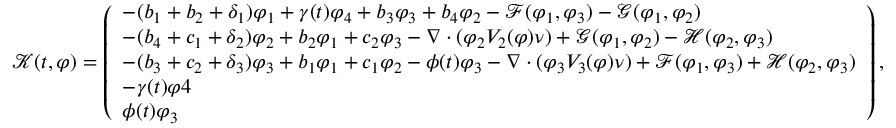
\mathcal { K } ( t , \varphi ) = \left( \begin{array} { l } { - ( b _ { 1 } + b _ { 2 } + \delta _ { 1 } ) \varphi _ { 1 } + \gamma ( t ) \varphi _ { 4 } + b _ { 3 } \varphi _ { 3 } + b _ { 4 } \varphi _ { 2 } - \mathcal { F } ( \varphi _ { 1 } , \varphi _ { 3 } ) - \mathcal { G } ( \varphi _ { 1 } , \varphi _ { 2 } ) } \\ { - ( b _ { 4 } + c _ { 1 } + \delta _ { 2 } ) \varphi _ { 2 } + b _ { 2 } \varphi _ { 1 } + c _ { 2 } \varphi _ { 3 } - \nabla \cdot ( \varphi _ { 2 } V _ { 2 } ( \varphi ) \nu ) + \mathcal { G } ( \varphi _ { 1 } , \varphi _ { 2 } ) - \mathcal { H } ( \varphi _ { 2 } , \varphi _ { 3 } ) } \\ { - ( b _ { 3 } + c _ { 2 } + \delta _ { 3 } ) \varphi _ { 3 } + b _ { 1 } \varphi _ { 1 } + c _ { 1 } \varphi _ { 2 } - \phi ( t ) \varphi _ { 3 } - \nabla \cdot ( \varphi _ { 3 } V _ { 3 } ( \varphi ) \nu ) + \mathcal { F } ( \varphi _ { 1 } , \varphi _ { 3 } ) + \mathcal { H } ( \varphi _ { 2 } , \varphi _ { 3 } ) } \\ { - \gamma ( t ) \varphi 4 } \\ { \phi ( t ) \varphi _ { 3 } } \end{array} \right) ,